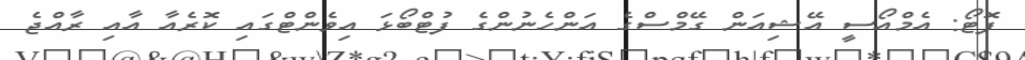
ފޮޓޯ: އެމްއޯސީ އޭޝިއަން ގޭމްސްގެ އަންހެނުންގެ ފުޓްބޯޅަ އިވެންޓްގައި ކޮރެއާ އާއި ރާއްޖެ